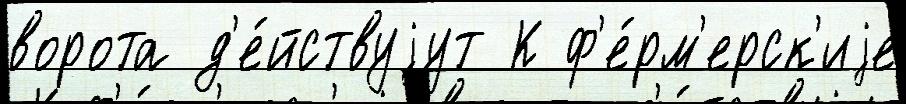
ворота д'е́йствуjут К ф'е́рм'ерск'иjе